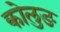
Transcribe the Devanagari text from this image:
कोलुङ